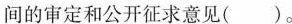
间的审定和公开征求意见( )。